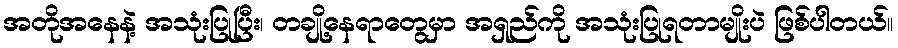
အတိုအနေနဲ့ အသုံးပြုပြီး၊ တချို့နေရာတွေမှာ အရှည်ကို အသုံးပြုရတာမျိုးပဲ ဖြစ်ပါတယ်။